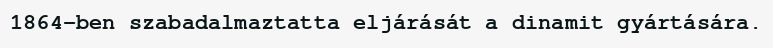
1864-ben szabadalmaztatta eljárását a dinamit gyártására.